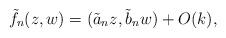
LaTeX: \begin{align*}\tilde{f}_n (z,w) = (\tilde{a}_n z, \tilde{b}_n w) + O(k),\end{align*}